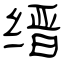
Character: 缙